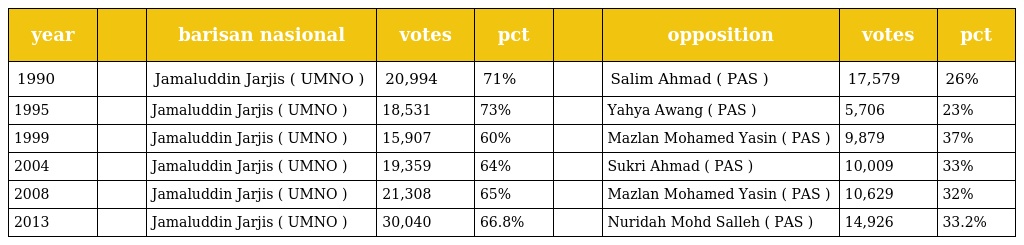
| year |  | barisan nasional | votes | pct |  | opposition | votes | pct |
 | --- | --- | --- | --- | --- | --- | --- | --- | --- |
 | 1990 |  | Jamaluddin Jarjis ( UMNO ) | 20,994 | 71% |  | Salim Ahmad ( PAS ) | 17,579 | 26% |
 | 1995 |  | Jamaluddin Jarjis ( UMNO ) | 18,531 | 73% |  | Yahya Awang ( PAS ) | 5,706 | 23% |
 | 1999 |  | Jamaluddin Jarjis ( UMNO ) | 15,907 | 60% |  | Mazlan Mohamed Yasin ( PAS ) | 9,879 | 37% |
 | 2004 |  | Jamaluddin Jarjis ( UMNO ) | 19,359 | 64% |  | Sukri Ahmad ( PAS ) | 10,009 | 33% |
 | 2008 |  | Jamaluddin Jarjis ( UMNO ) | 21,308 | 65% |  | Mazlan Mohamed Yasin ( PAS ) | 10,629 | 32% |
 | 2013 |  | Jamaluddin Jarjis ( UMNO ) | 30,040 | 66.8% |  | Nuridah Mohd Salleh ( PAS ) | 14,926 | 33.2% |